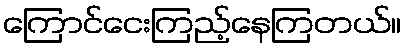
ကြောင်ငေးကြည့်နေကြတယ်။